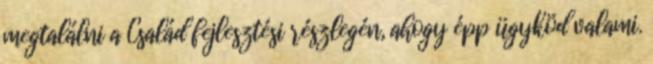
megtalálni a Család fejlesztési részlegén, ahogy épp ügyköd valami.